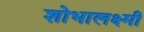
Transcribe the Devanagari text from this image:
शोभालक्ष्मी